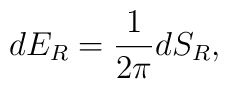
dE_R={1\over{2\pi}}dS_R,